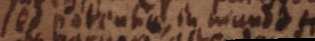
sed potentiae, in mundo